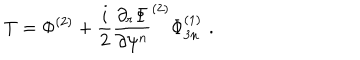
LaTeX: T = \Phi ^ { ( 2 ) } + \frac { i } { 2 } \frac { \partial _ { r } \Phi } { \partial \psi ^ { n } } ^ { ( 2 ) } \Phi _ { 3 n } ^ { ( 1 ) } \, \, .